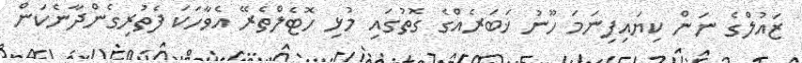
ޒައުލްގެ ނަން ކިޔައިފިނަމަ ހޫނު ޚަބަރެއްގެ ގޮތުގައި މުޅި ހޮޓެލްތެރޭ އެވާހަކަ ފެތުރިގެންދާނެކަން